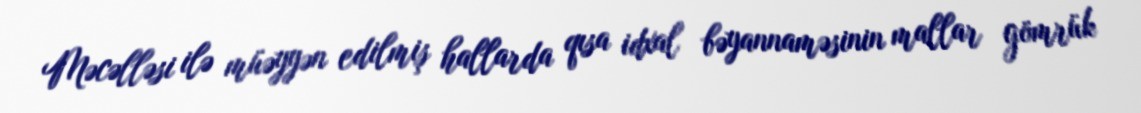
Məcəlləsi ilə müəyyən edilmiş hallarda qısa idxal bəyannaməsinin mallar gömrük